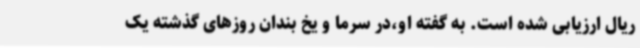
ریال ارزیابی شده است. به گفته او،در سرما و یخ بندان روزهای گذشته یک